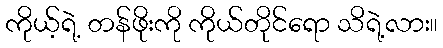
ကိုယ့်ရဲ့ တန်ဖိုးကို ကိုယ်တိုင်ရော သိရဲ့လား။